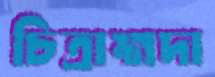
চিত্রাঙ্গদা